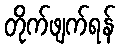
တိုက်ဖျက်ရန်